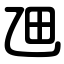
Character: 乪